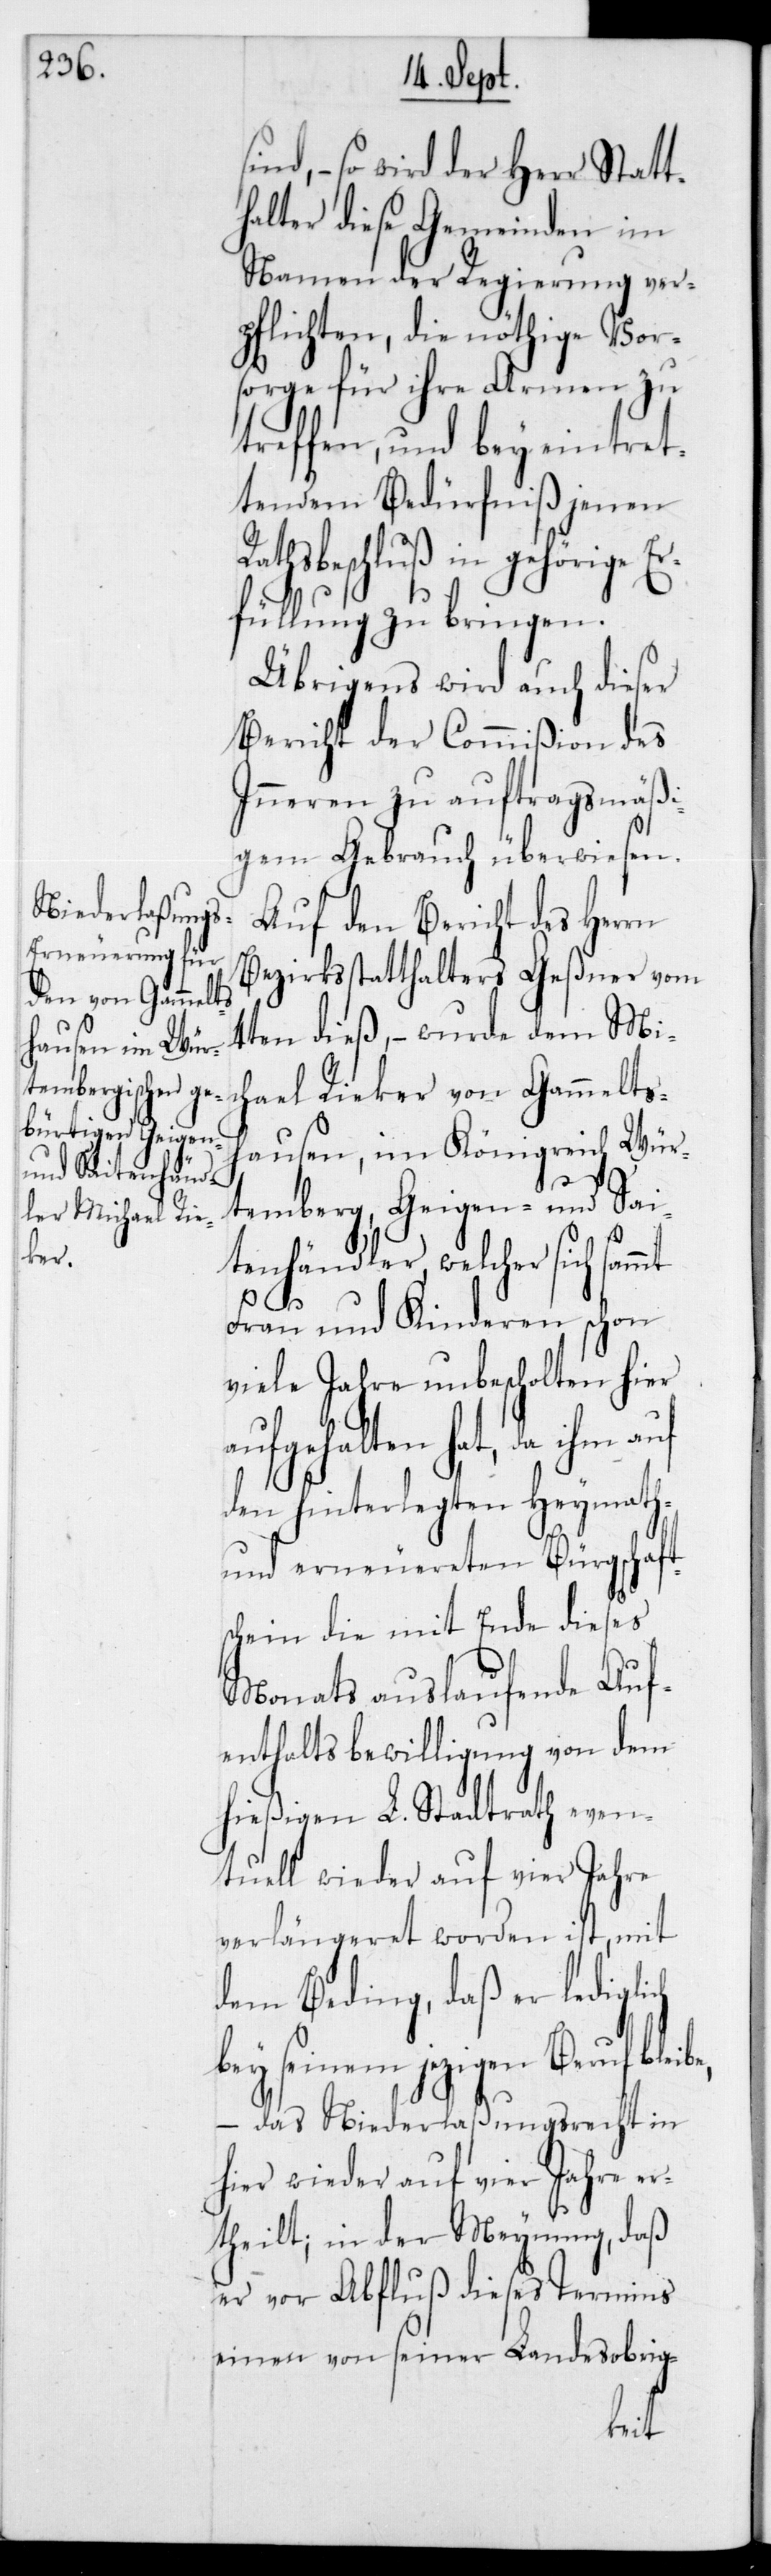
ind, – so wird der Herr Statt¬
halter diese Gemeinden im
Namen der Regierung ver¬
pflichten, die nöthige Vor¬
sorge für ihre Armen zu
treffen, und bey eintret¬
tendem Bedürfnis jenen
Rathsbeschluß in gehörige Er¬
füllung zu bringen.
Übrigens wird auch dieser
Bericht der Commißion des
Inneren zu auftragsmäßi¬
gem Gebrauch überwiesen.
Auf den Bericht des Herrn
Bezirksstatthalter Geßner vom
4ten dieß, – wurde dem Mi¬
chael Rieker von Gammelts¬
hausen im Königreich Wür¬
temberg, Geigen- und Sai¬
tenhändler, welcher sich sammt
ch
Frau und Kinderen schon
viele Jahre unbescholten hier
aufgehalten hat, da ihm
den hinterlegten Heymath-
und erneuereten Bürgschaft¬
schein die mit Ende dieses
Monats auslaufende Auf¬
enthaltsbewilligung von dem
hießigen L. Stadtrath even¬
tuell wieder auf vier Jahre
verlängeret worden ist, mit
dem Beding, daß er ledigli¬
bey seinem jezigen Beruf
– das Niederlaßungsrecht in
hier wieder auf vier Jahre er¬
theilt, in der Meynung, daß
er vor Abfluß dieses Termins
einen von seiner Landesobrig-